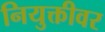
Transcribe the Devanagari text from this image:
नियुक्तीवर